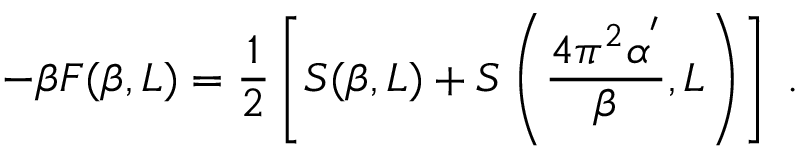
- \beta F ( \beta , L ) = \frac { 1 } { 2 } \left[ S ( \beta , L ) + S \left( \frac { 4 \pi ^ { 2 } \alpha ^ { ' } } { \beta } , L \right) \right] \; .